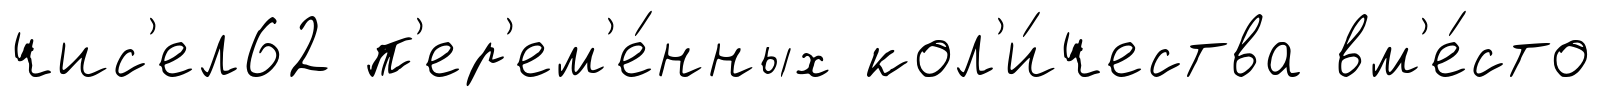
чис'ел62 п'ер'ем'е́нных кол'и́чества вм'е́сто